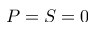
P = S = 0